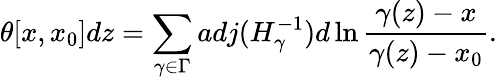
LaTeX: \theta[x,x_{0}]dz=\sum_{\gamma\in\Gamma}adj(H_{\gamma}^{-1})d\ln\frac{\gamma(z)-x}{\gamma(z)-x_{0}}.